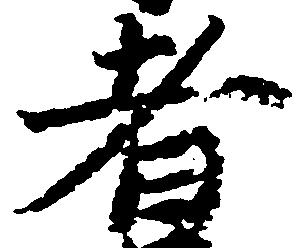
者